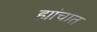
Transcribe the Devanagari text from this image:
ह्यांचात